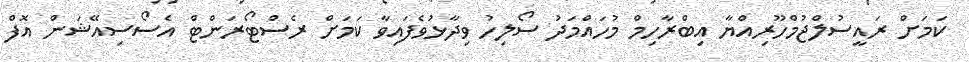
ކަމަށް ރައީސުލްޖުމްހޫރިއްޔާ އިބްރާހިމް މުހައްމަދު ސޯލިހު ވިދާޅުވެފައިވާ ކަަމަށް ރެސްޓޯރަންޓް އެސޯސިއޭޝަން އޮފް